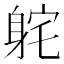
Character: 𫏫